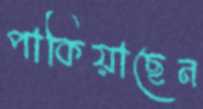
পাকিয়াছেন